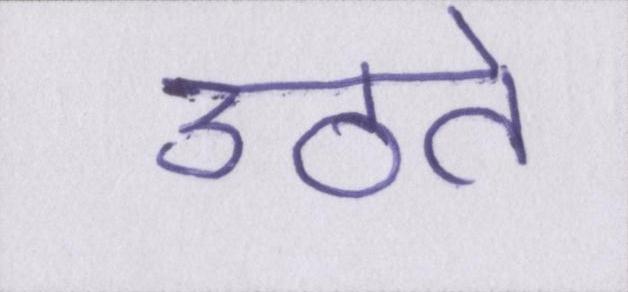
उठते